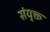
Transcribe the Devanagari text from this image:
संयु्क्त